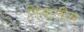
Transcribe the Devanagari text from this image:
तियालीस